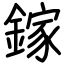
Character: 鎵